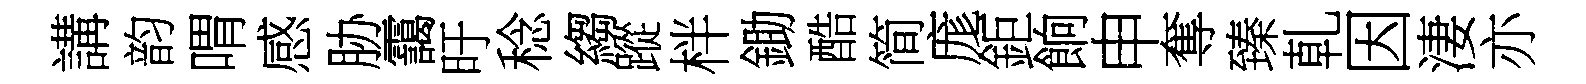
講韵喟感胁靄旴稔縐蹤柈鋤酷简庬鉅餉申奪臻乹因淒亦